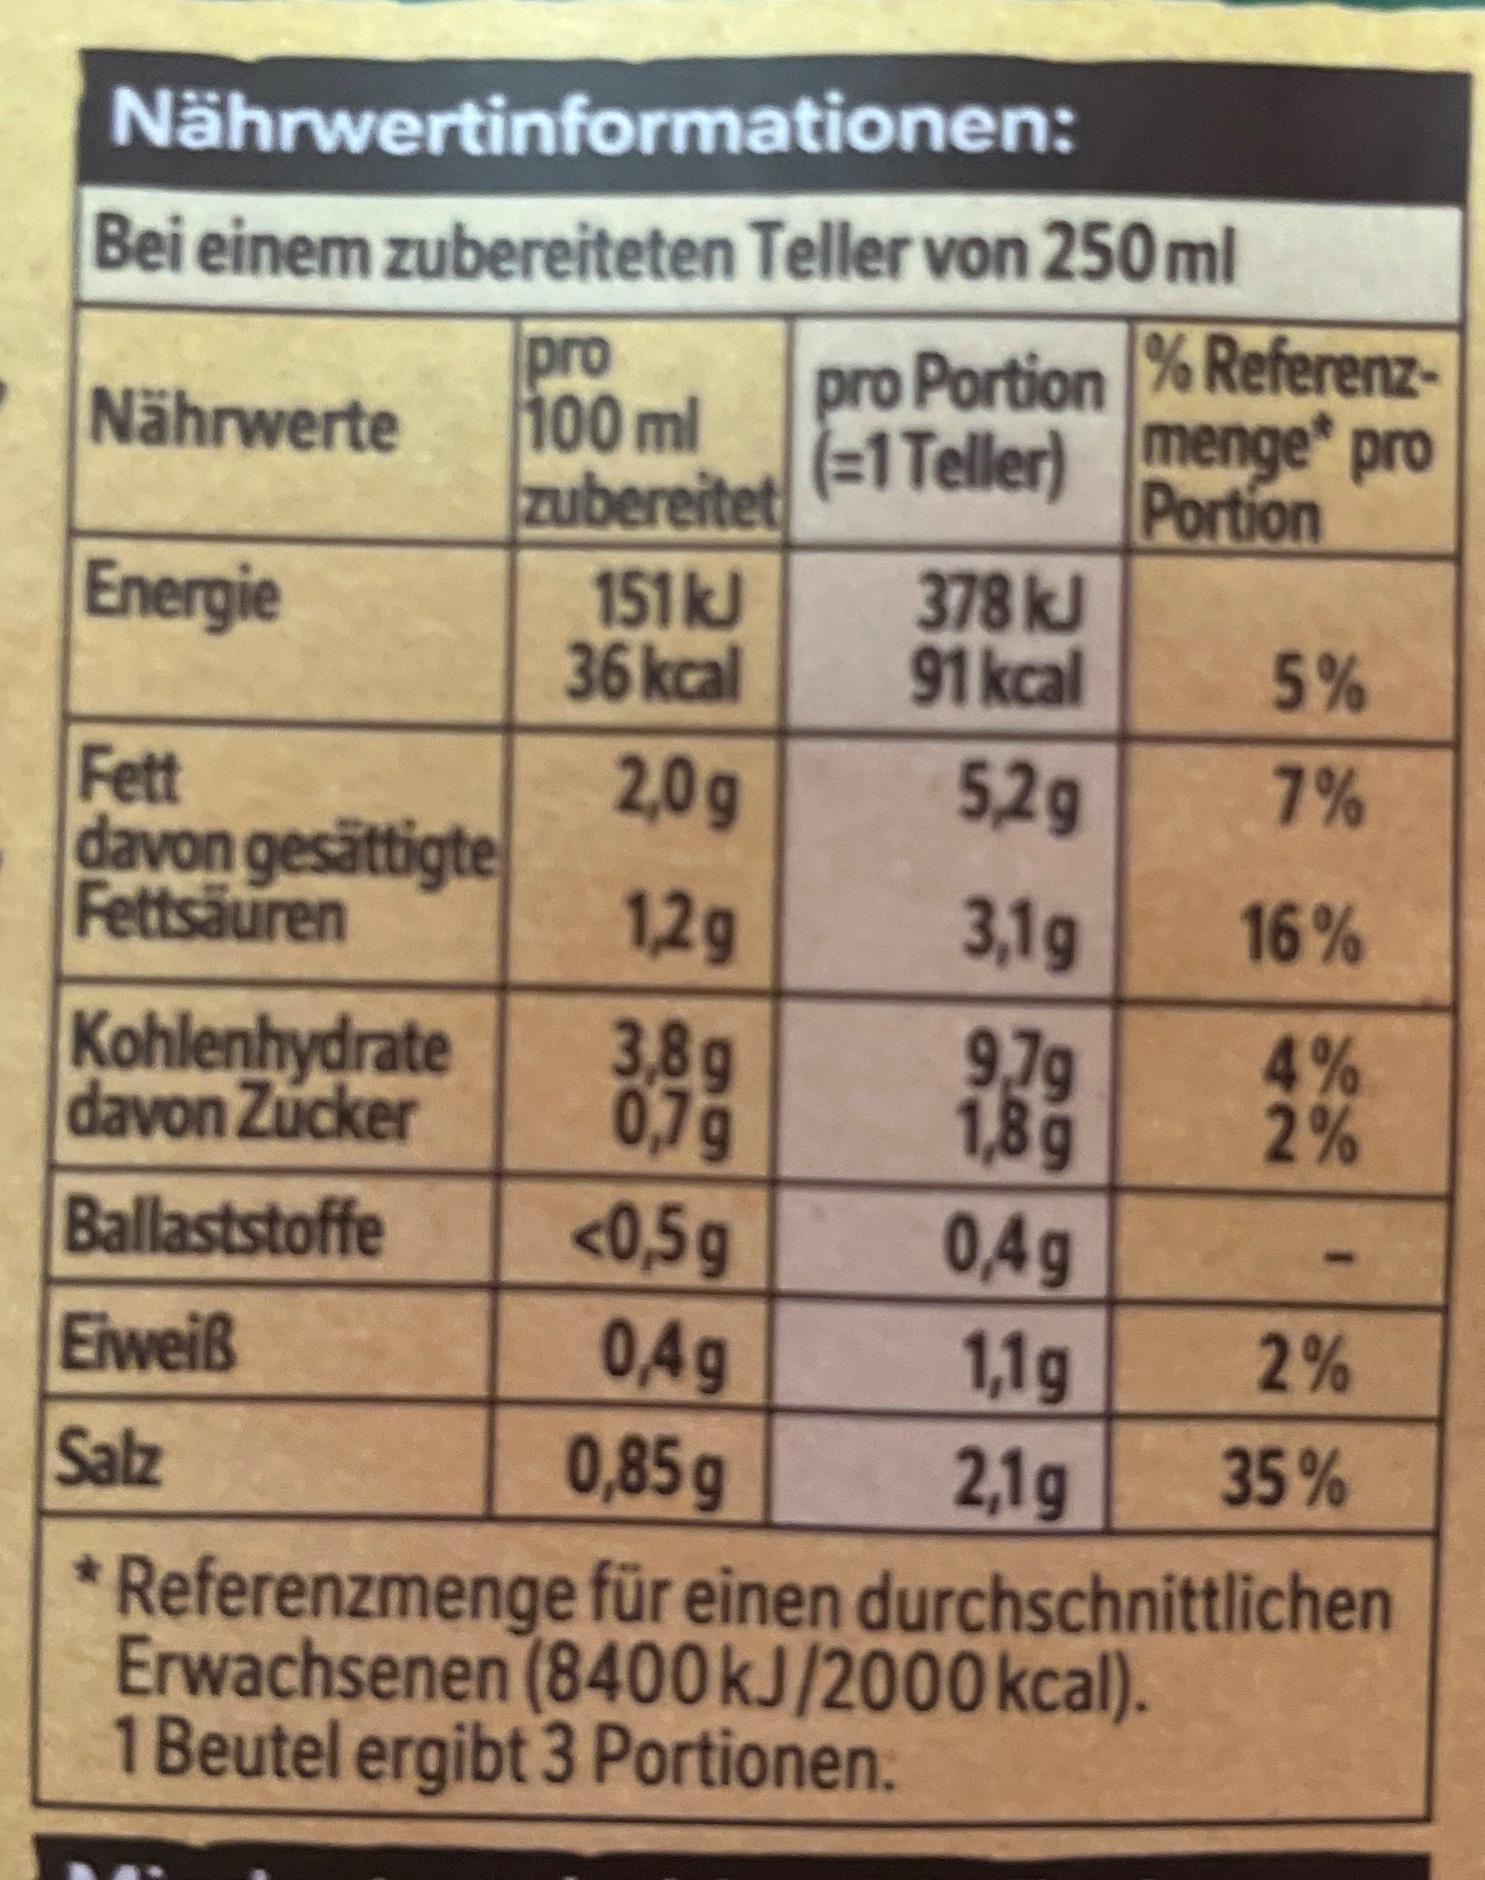
Nährwertinformationen:
Bei einem zubereiteten Teller von 250 ml
pro 100 ml
zubereitet
Nährwerte
Energie
Fett davon gesättigte Fettsäuren
Kohlenhydrate davon Zucker
Ballaststoffe
Eiweiß
Salz
151 kJ
36 kcal
2,0g
1,2g
3,8g
0,7g
<0,5g
0,4g
0,85g
pro Portion % Referenz(=1 Teller) menge* pro Portion
378 kJ
91 kcal
5,2g
3,1g
9,79
1,8g
0,4g
1,1g
2,1g
5%
7%
16%
4% 2%
42
2%
35%
*Referenzmenge für einen durchschnittlichen Erwachsenen (8400 kJ/2000 kcal). 1 Beutel ergibt 3 Portionen: